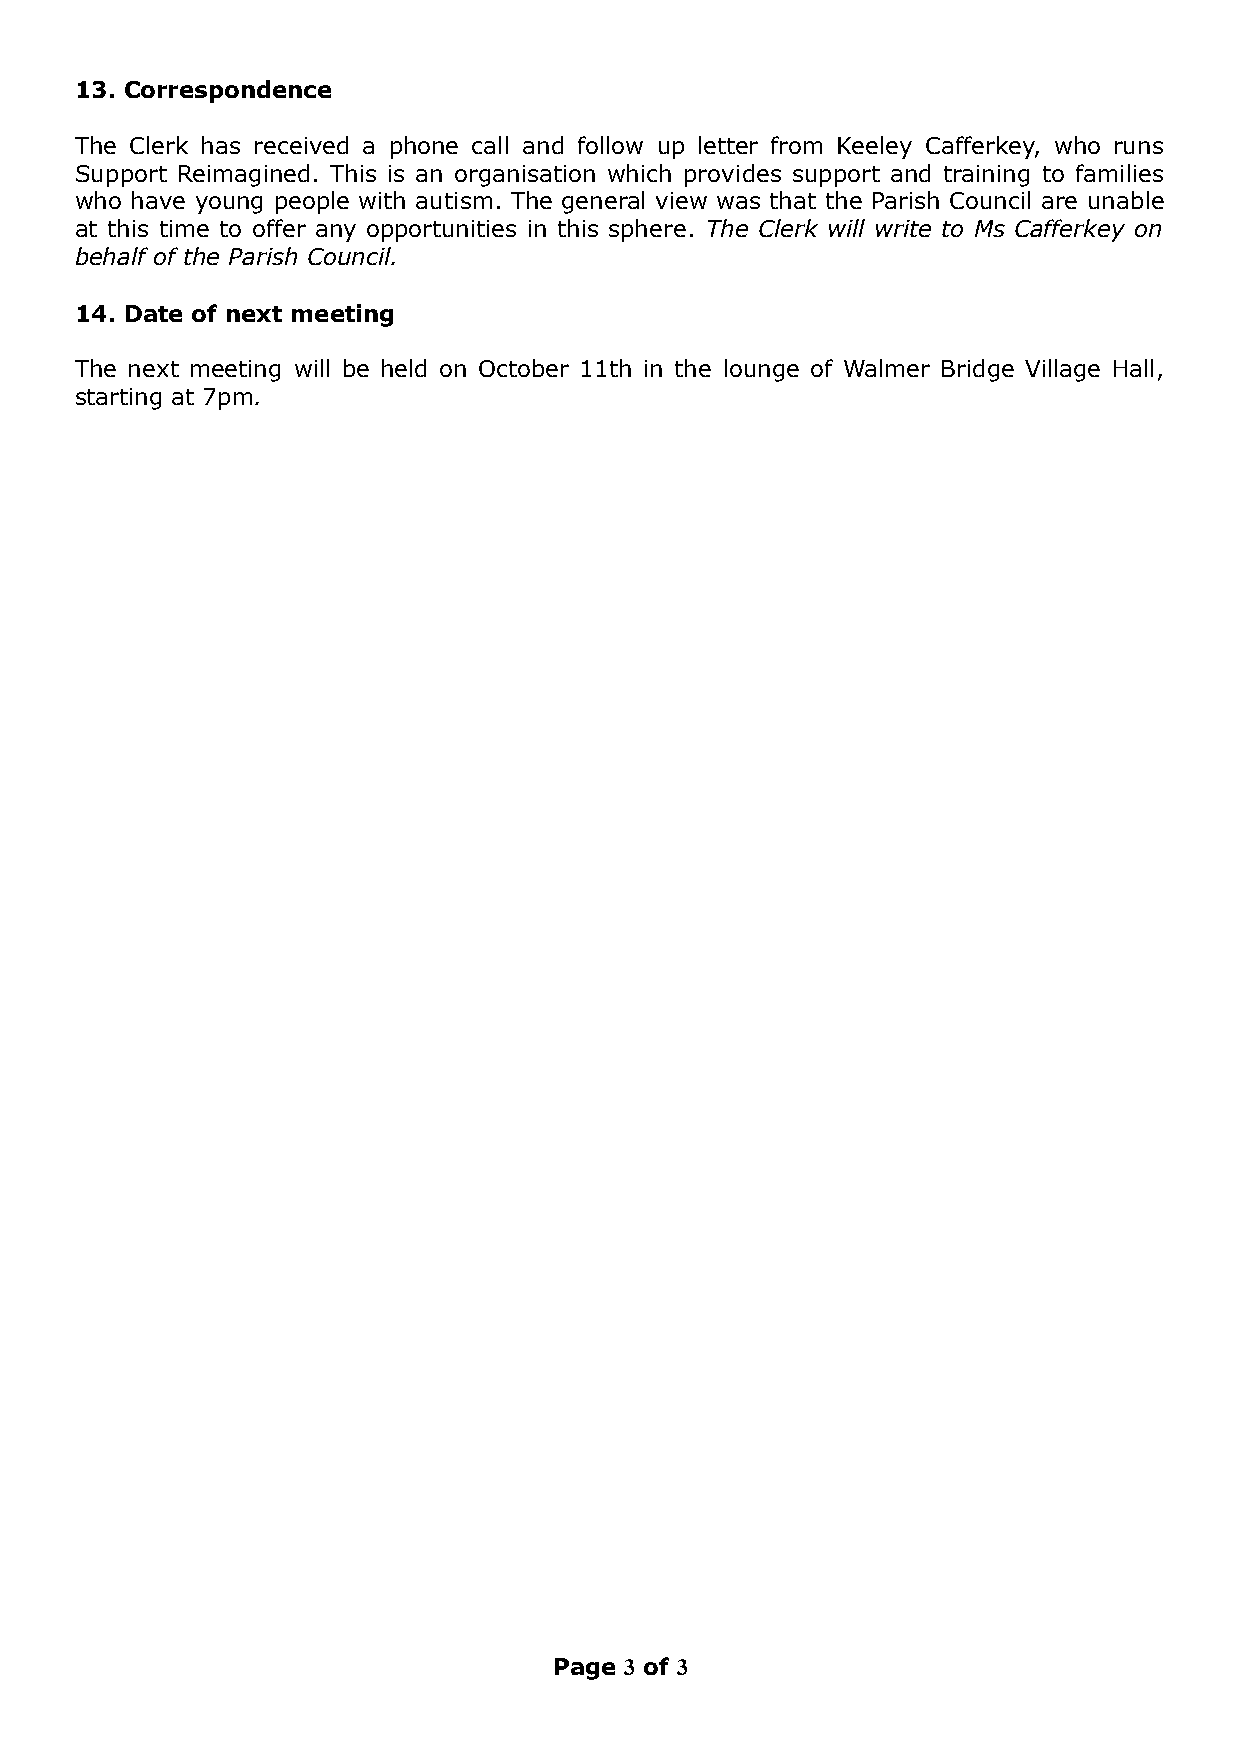
13. Correspondence
 The Clerk has received a phone call and follow up letter from Keeley Cafferkey, who runs
 Support Reimagined. This is an organisation which provides support and training to families
 who have young people with autism. The general view was that the Parish Council are unable
 at this time to offer any opportunities in this sphere. The Clerk will write to Ms Cafferkey on
 behalf of the Parish Council.
 14. Date of next meeting
 The next meeting will be held on October 11th in the lounge of Walmer Bridge Village Hall,
 starting at 7pm.
 Page 3 of 3